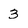
Character: 3